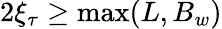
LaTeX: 2\xi_{\tau}\ge\mathrm{max}(L,B_{w})